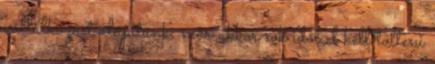
vállalkozást alapítunk, már akkor sok időt el kell tölteni